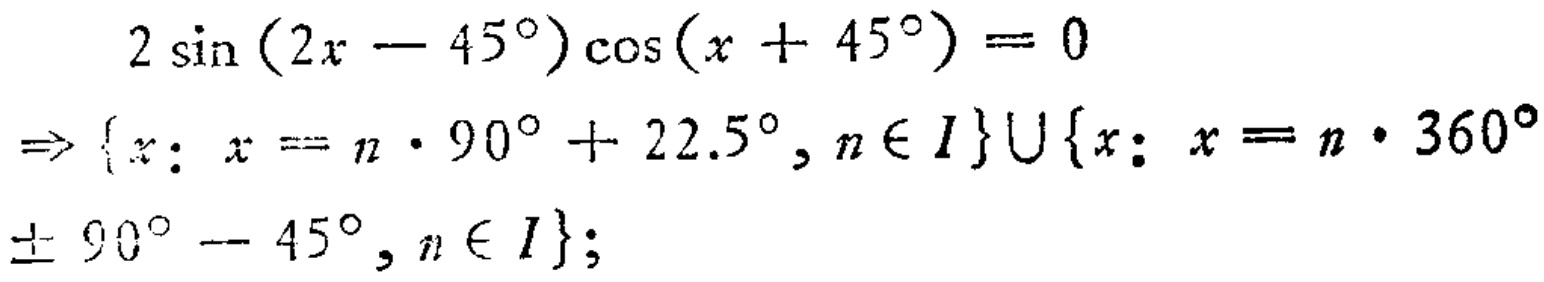
\[
\begin{align*}
&2\sin(2x - 45^{\circ})\cos(x + 45^{\circ}) = 0\\
\Rightarrow&\{x: x = n\cdot90^{\circ}+22.5^{\circ}, n\in I\}\cup\{x: x = n\cdot360^{\circ}\pm90^{\circ}- 45^{\circ}, n\in I\};
\end{align*}
\]